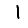
Digit: 1